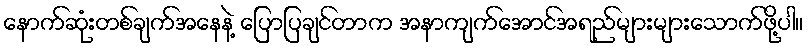
နောက်ဆုံးတစ်ချက်အနေနဲ့ ပြောပြချင်တာက အနာကျက်အောင်အရည်များများသောက်ဖို့ပါ။